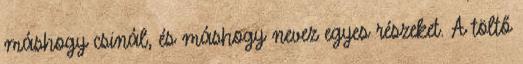
máshogy csinál, és máshogy nevez egyes részeket. A töltő